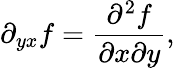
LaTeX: \partial_{yx}f={\frac{\partial^{2}f}{\partial x\partial y}},